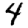
Digit: 4